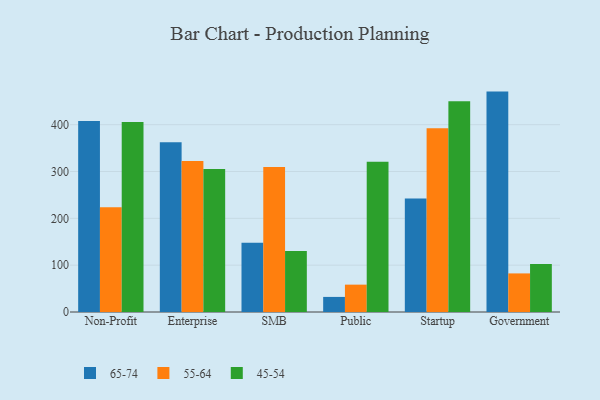
{"axis": {"x": "Segment", "y": "Conversion Rate (%)"}, "legend": ["45-54", "55-64", "65-74"], "data": [{"x": "Non-Profit", "y": 407.8, "type": "65-74"}, {"x": "Non-Profit", "y": 223.5, "type": "55-64"}, {"x": "Non-Profit", "y": 405.7, "type": "45-54"}, {"x": "Enterprise", "y": 362.3, "type": "65-74"}, {"x": "Enterprise", "y": 322.3, "type": "55-64"}, {"x": "Enterprise", "y": 305.3, "type": "45-54"}, {"x": "SMB", "y": 147.7, "type": "65-74"}, {"x": "SMB", "y": 309.5, "type": "55-64"}, {"x": "SMB", "y": 130.2, "type": "45-54"}, {"x": "Public", "y": 32.2, "type": "65-74"}, {"x": "Public", "y": 58.4, "type": "55-64"}, {"x": "Public", "y": 321.0, "type": "45-54"}, {"x": "Startup", "y": 242.3, "type": "65-74"}, {"x": "Startup", "y": 392.2, "type": "55-64"}, {"x": "Startup", "y": 450.2, "type": "45-54"}, {"x": "Government", "y": 470.6, "type": "65-74"}, {"x": "Government", "y": 82.4, "type": "55-64"}, {"x": "Government", "y": 102.4, "type": "45-54"}]}